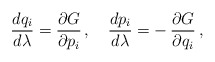
\begin{align*}{dq_i\over d\lambda} ={\partial G\over\partial p_i}\, , \quad{dp_i\over d\lambda} =-\, {\partial G\over\partial q_i}\, ,\end{align*}